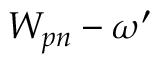
W _ { p n } - \omega ^ { \prime }